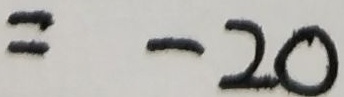
= - 2 0